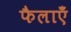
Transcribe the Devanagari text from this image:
फैलाएँ